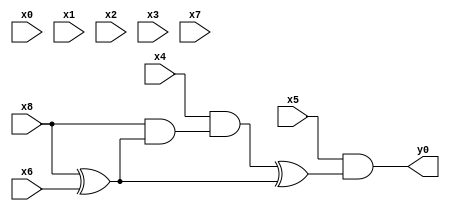
module top( x0 , x1 , x2 , x3 , x4 , x5 , x6 , x7 , x8 , y0 );
  input x0 , x1 , x2 , x3 , x4 , x5 , x6 , x7 , x8 ;
  output y0 ;
  wire n10 , n11 , n12 , n13 , n14 ;
  assign n10 = x8 ^ x6 ;
  assign n11 = x8 & n10 ;
  assign n12 = x4 & n11 ;
  assign n13 = n12 ^ n10 ;
  assign n14 = x5 & n13 ;
  assign y0 = n14 ;
endmodule